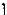
1